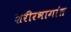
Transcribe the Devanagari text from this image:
शरीरभागांत